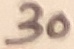
Text: 30